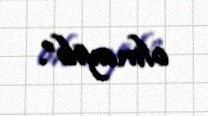
olmayıb”.